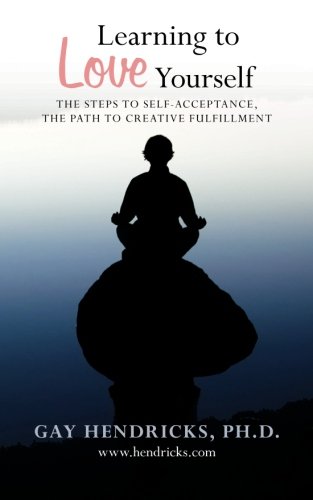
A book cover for Learning To Love Yourself; Gay Hendricks Ph.D.; Self-Help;